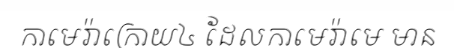
កាមេរ៉ាក្រោយ៤ ដែលកាមេរ៉ាមេ មាន